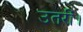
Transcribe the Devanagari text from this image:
उतरीं।